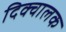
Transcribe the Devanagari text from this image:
दिक्चालक